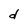
Character: d